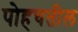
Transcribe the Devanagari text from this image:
पोहचतील